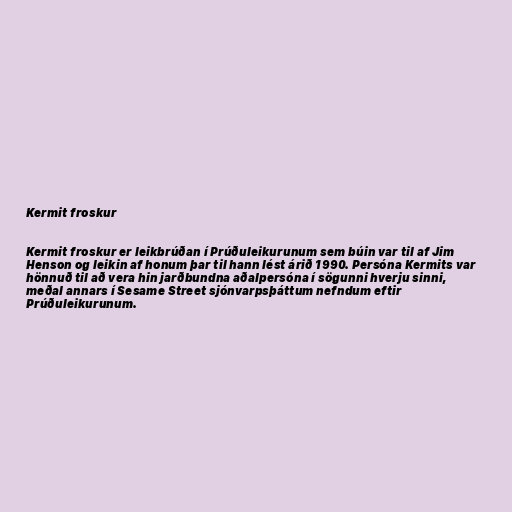
Kermit froskur

Kermit froskur er leikbrúðan í Prúðuleikurunum sem búin var til af Jim
Henson og leikin af honum þar til hann lést árið 1990. Persóna Kermits var
hönnuð til að vera hin jarðbundna aðalpersóna í sögunni hverju sinni,
meðal annars í Sesame Street sjónvarpsþáttum nefndum eftir
Prúðuleikurunum.